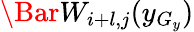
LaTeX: \Bar W_{i+l,j}(y_{G_{y}})